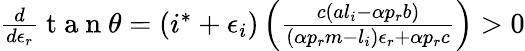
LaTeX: \begin{array}{r}{\frac{d}{d\epsilon_{r}}\mathrm{~t~a~n~}\theta=(i^{*}+\epsilon_{i})\left(\frac{c(al_{i}-\alpha p_{r}b)}{(\alpha p_{r}m-l_{i})\epsilon_{r}+\alpha p_{r}c}\right)>0}\end{array}